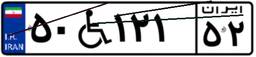
۵۰W۱۲۱۵۲